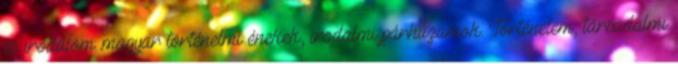
és irodalom: magyar történelmi énekek, irodalmi párhuzamok. Történelem, társadalmi